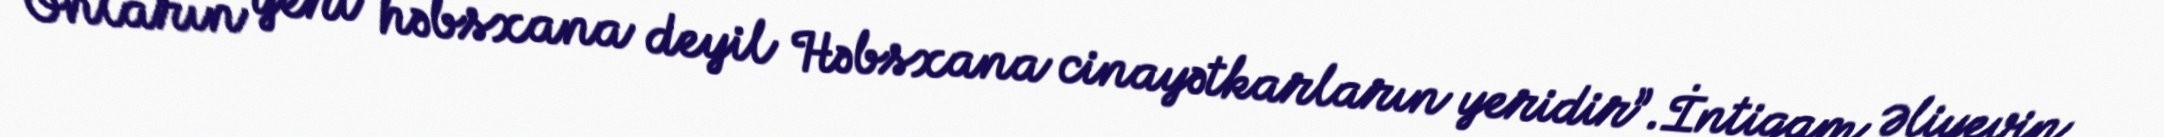
Onların yeri həbsxana deyil Həbsxana cinayətkarların yeridir”.İntiqam Əliyevin